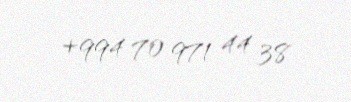
+994 70 971 44 38